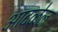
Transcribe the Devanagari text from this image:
आदळेल